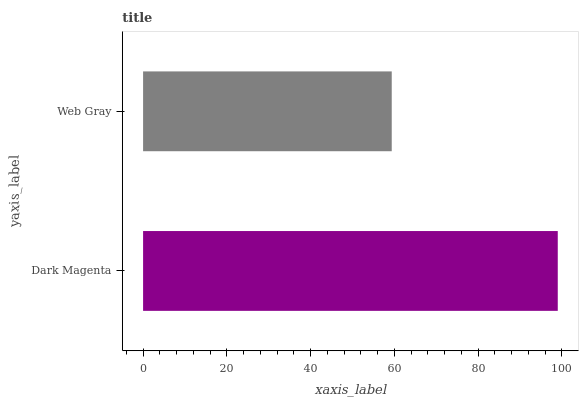
| yaxis_label | bars |
 | --- | --- |
 | Dark Magenta | 99 |
 | Web Gray | 59.4 |